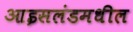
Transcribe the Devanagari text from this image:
आइसलंडमधील